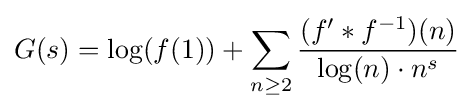
G(s)=\log(f(1))+\sum _{n\geq 2}{\frac {(f^{\prime }\ast f^{-1})(n)}{\log(n)\cdot n^{s}}}